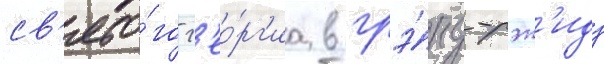
св'ято́го г'ео́рг'иа в грэ́нд-рэп'идз